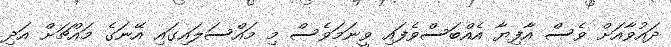
ދައުވާއަށް ވެސް އާފިޔާ އެއްބަސްވެފައި ވީނަމަވެސް މި މައްސަލައިގައި އޭނަގެ މައްޗަށް އަދި